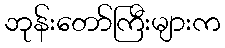
ဘုန်းတော်ကြီးများက